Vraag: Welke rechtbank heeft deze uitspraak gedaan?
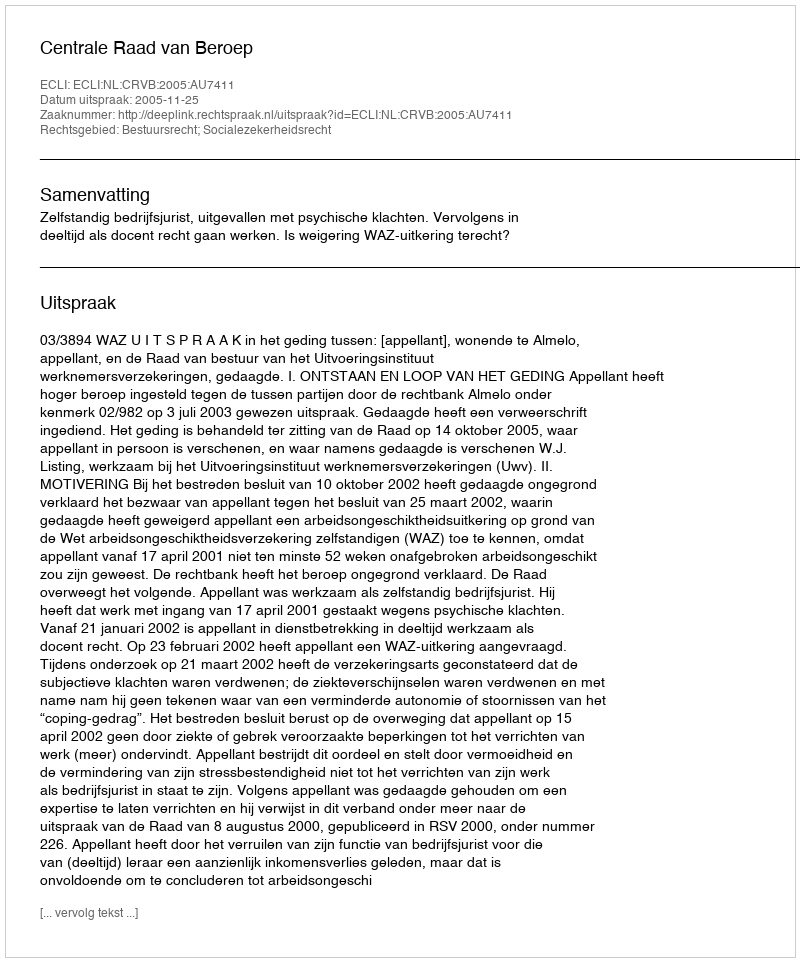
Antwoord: Centrale Raad van Beroep